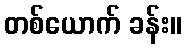
တစ်ယောက် ခန်း။